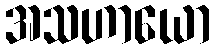
အသဟာယော